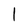
Character: l